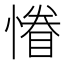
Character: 慻